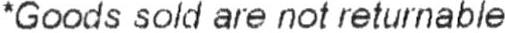
*GOODS SOLD ARE NOT RETURNABLE